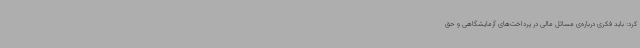
کرد: باید فکری درباره‌ی مسائل مالی در پرداخت‌های آزمایشگاهی و حق‌